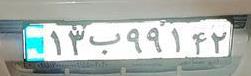
۱۳ب۹۹۱۴۲